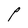
Character: P